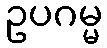
ဥပဂမ္မ